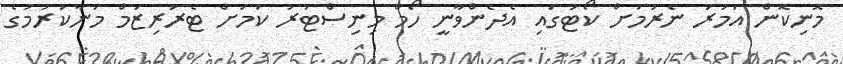
މޮނިކޮން އަމުރު ނެރުމަށް ކޯޓުގައި އެދެންވާނީ ހޯމް މިނިސްޓަރު ކަމަށް ޓެރަރިޒަމް މަނާކުރުމުގެ